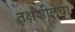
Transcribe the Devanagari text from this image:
तक्षशीलेचा